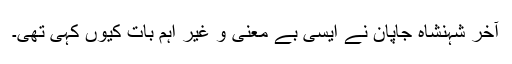
آخر شہنشاہ جاپان نے ایسی بے معنی و غیر اہم بات کیوں کہی تھی۔